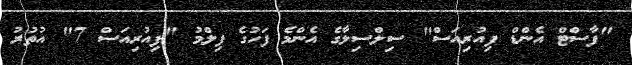
"ފާސްޓް އެންޑް ފިއުރިއަސް" ސިލްސިލާގެ އެންމެ ފަހުގެ ފިލްމު "ފިއުރިއަސް 7" އުތުރު